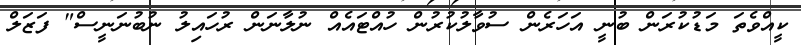
ކީއްވެތަ މަޑުކުރަން ބުނީ އަހަރެން ސުވާލުކުރުން ހުއްޓައެއް ނުލާނަން ރުހައިލު ނުބުނަނީސް" ފަޒަލް